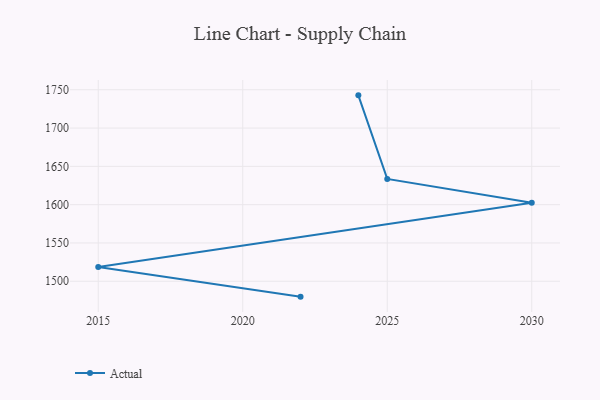
{"axis": {"x": "Year", "y": "Page Views"}, "legend": ["Actual"], "data": [{"x": "2024", "y": 1742.7, "type": "Actual"}, {"x": "2025", "y": 1633.6, "type": "Actual"}, {"x": "2030", "y": 1602.5, "type": "Actual"}, {"x": "2015", "y": 1518.6, "type": "Actual"}, {"x": "2022", "y": 1479.9, "type": "Actual"}]}